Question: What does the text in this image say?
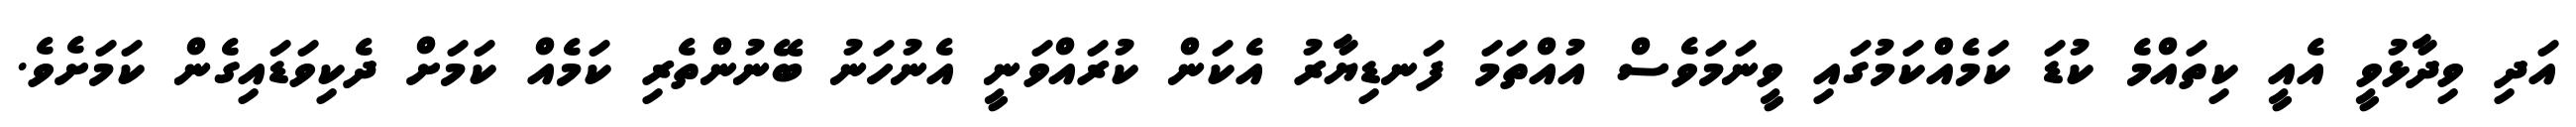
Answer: އަދި ވިދާޅުވީ އެއީ ކިތައްމެ ކުޑަ ކަމެއްކަމުގައި ވީނަމަވެސް އުއްތަމަ ފަނޑިޔާރު އެކަން ކުރައްވަނީ އެނުހަނު ބޭނުންތެރި ކަމެއް ކަމަށް ދެކިވަޑައިގެން ކަމަށެވެ.